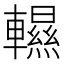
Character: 𨏌